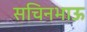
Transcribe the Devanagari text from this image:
सचिनभाऊ